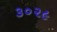
૩૦૨૯